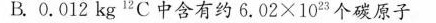
B.0.012kg^{12} C中含有约6.02×10^{23} 个碳原子